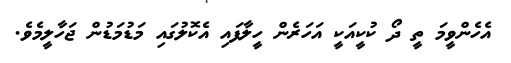
އެހެންވީމަ ތީ ދޯ ކުކީއަކީ އަހަރެން ހީލާފައި އެކޮލުގައި މަޑުމަޑުން ޖަހާލީމެވެ.